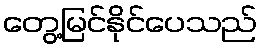
တွေ့မြင်နိုင်ပေသည်